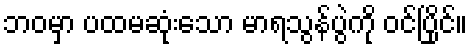
ဘဝမှာ ပထမဆုံးသော မာရသွန်ပွဲကို ဝင်ပြိုင်။